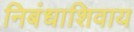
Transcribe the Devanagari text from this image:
निबंधाशिवाय